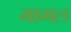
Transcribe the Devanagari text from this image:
मामल